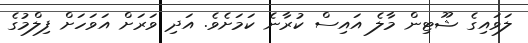
ލަވައިގެ ޝޫޓިން މާލެ އައިސް ކުރާނެ ކަމަށެވެ. އަދި ވަރަށް އަވަހަށް ފިލްމުގެ